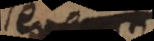
a